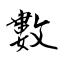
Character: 數